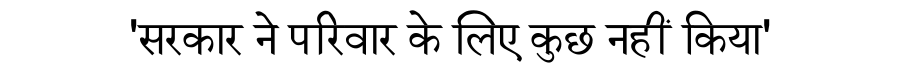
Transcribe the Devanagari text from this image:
'सरकार ने परिवार के लिए कुछ नहीं किया'